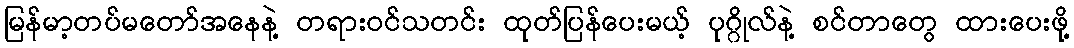
မြန်မာ့တပ်မတော်အနေနဲ့ တရားဝင်သတင်း ထုတ်ပြန်ပေးမယ့် ပုဂ္ဂိုလ်နဲ့ စင်တာတွေ ထားပေးဖို့